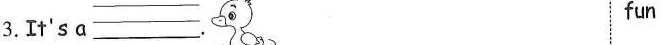
3.It's a ___. fun